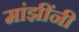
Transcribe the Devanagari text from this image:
मांझींनी